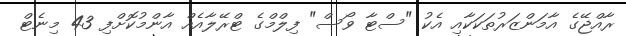
ރާއްޖޭގެ އާމަންޒަރުތަކަކާއި އެކު "ސްޓާ ވޯސް" ފިލްމްގެ ޓްރޭލާއެއް އާންމުކޮށްފި 43 މިނެޓް